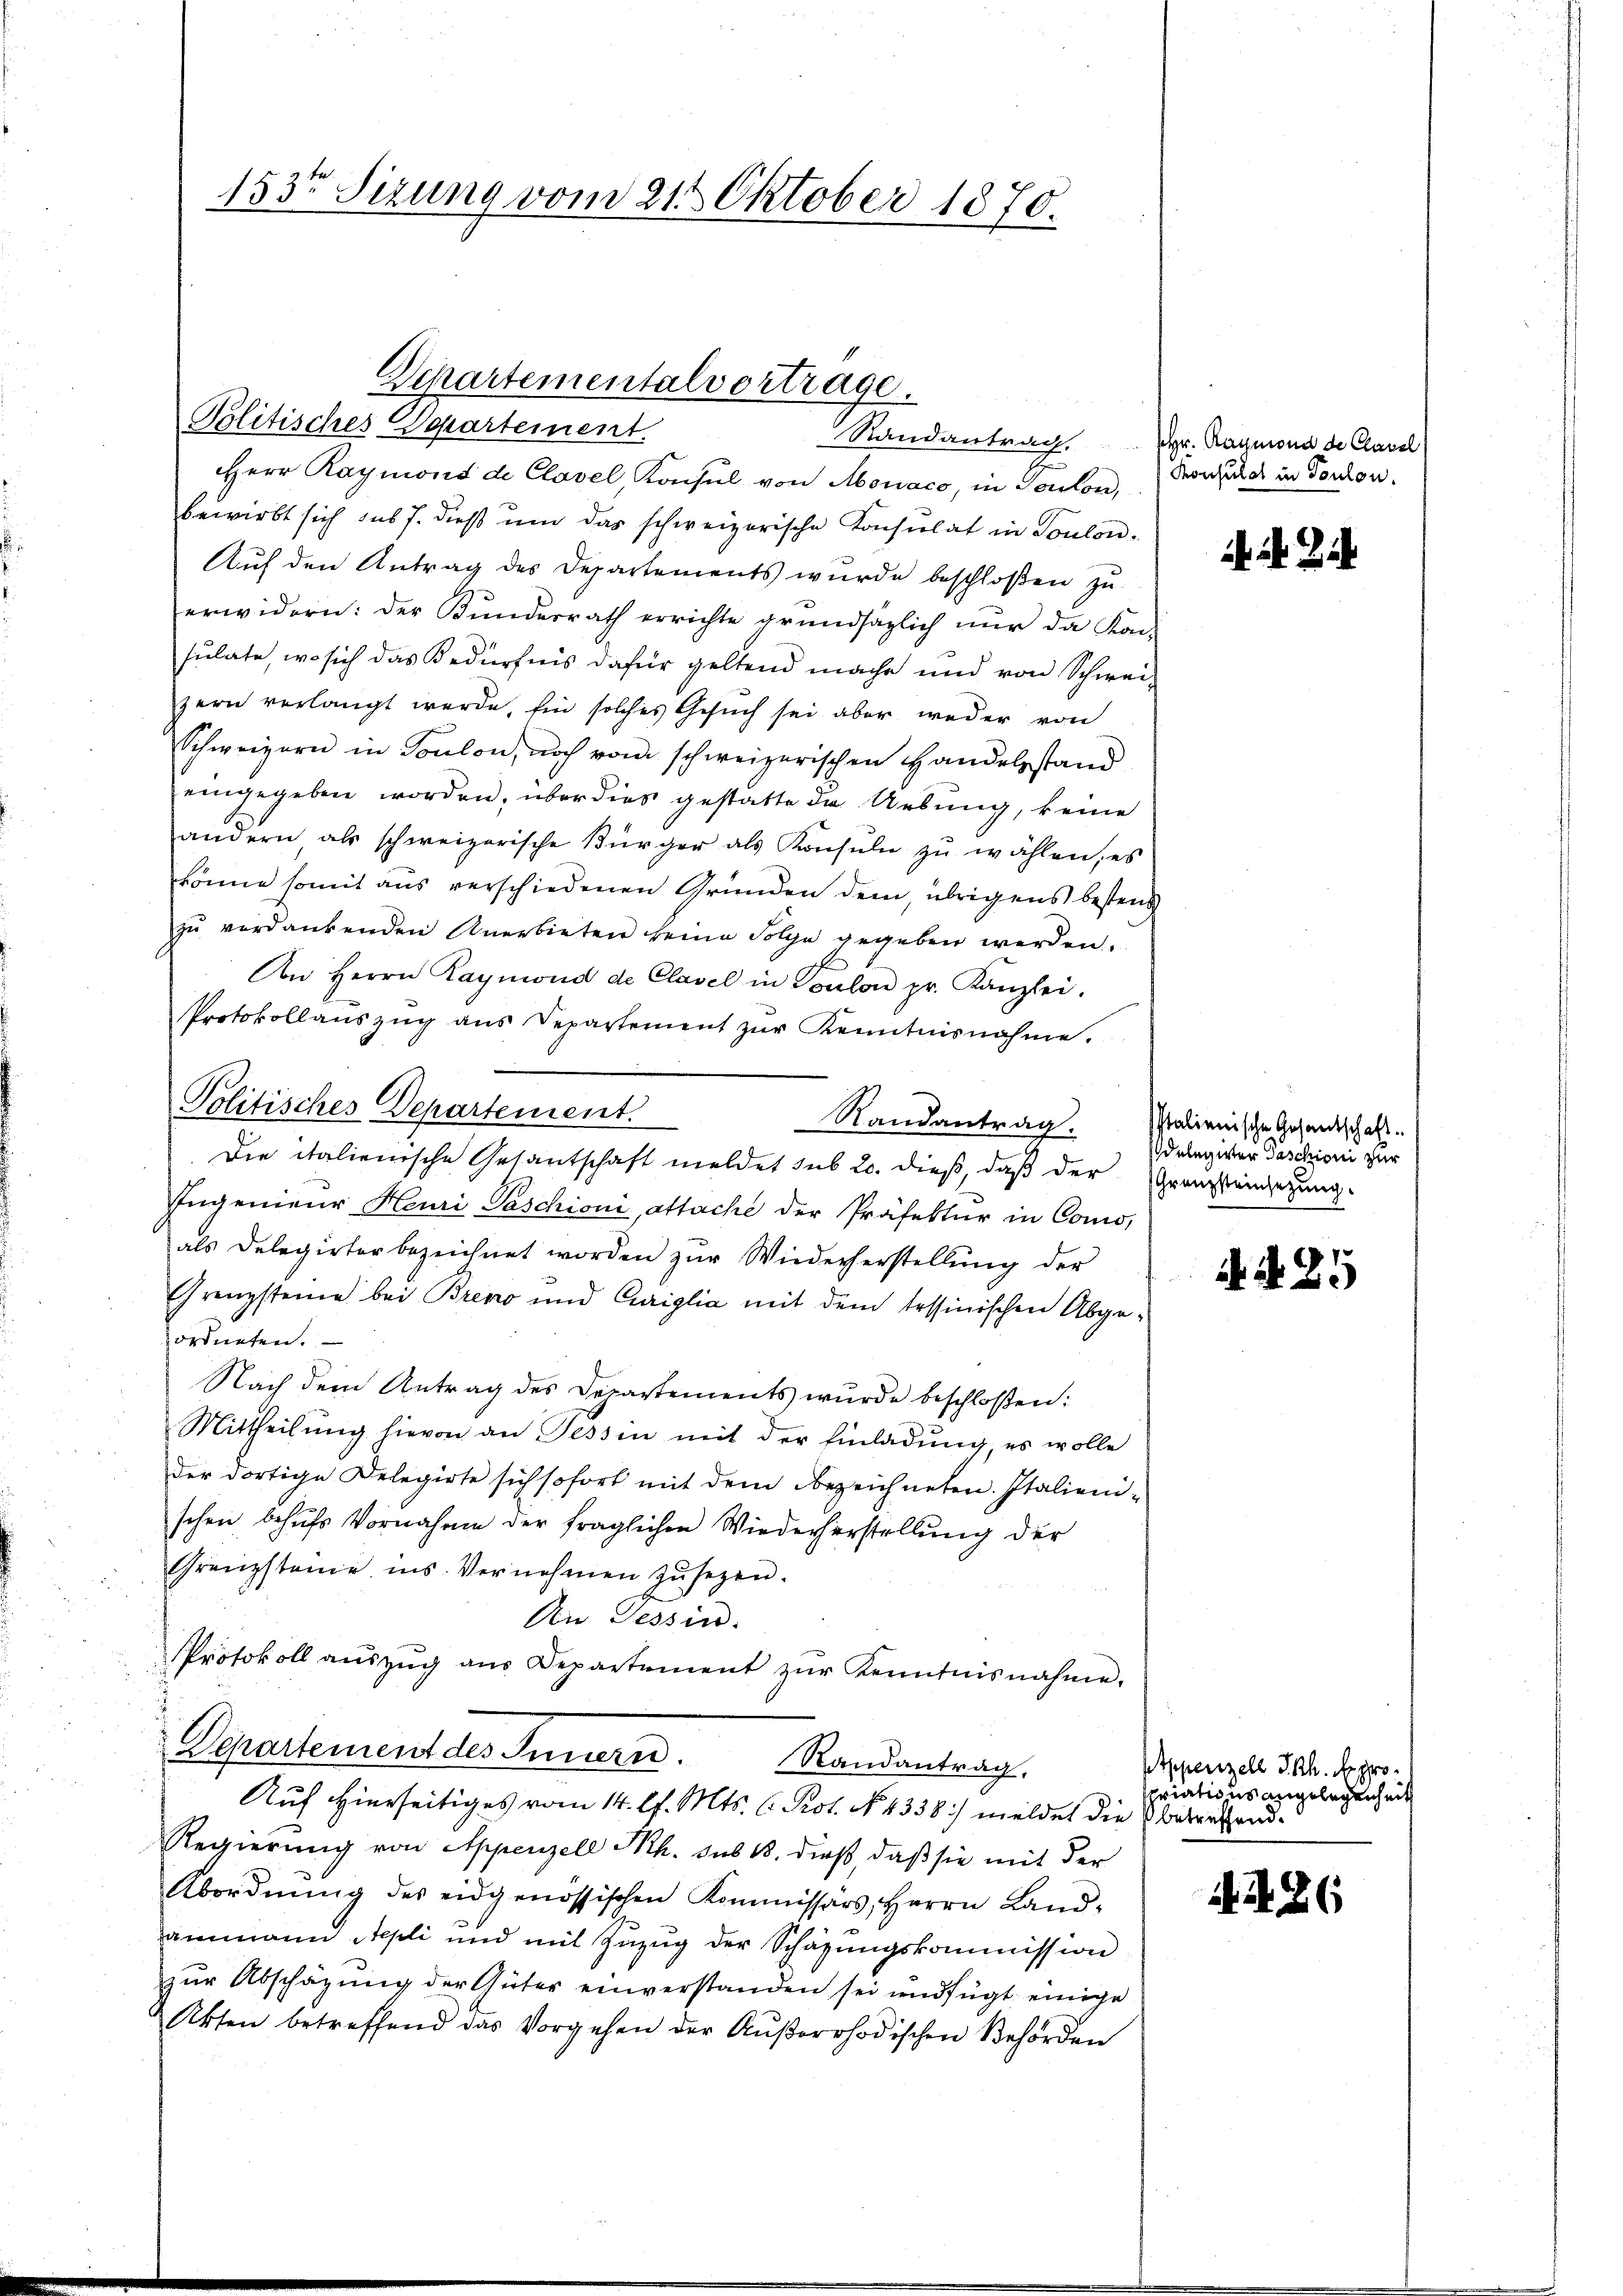
Herr Raymons de Clavel, Konsul von Monaco, in Toulon,
bewirkt sich sub 7. dieβ ŭm das schweizerische Konsulat in Soulon-
Auf den Antrag des Departements wurde beschloßen zu
erwidern: der Bŭndesrath errichte grundsaglich nŭr da Kon-
sulate, wo sich das Bedürfnis dafür geltend mache und von Schweizern verlangt werde, Ein solches Gesuch sei aber weder von
Schweizern in Toulon, noch vom schweizerischen Handelsstand
eingegeben worden, über dies gestatte die Uebung, keine
andern als schweizerische Bürger als Konsuln zu wählen, es
könne somit aus verschiedenen Gründen dem übrigens bestend
zu verdankenden Anerbieten keine Folge gegeben werden.
An Herrn Raymond de Clavel in Toulon pr. Kanzlei.
Protokollanszŭg ans Departement zŭr Kenntnisnahme.
Randantrag. Italienische Gesandtschaft¬
Die italienische Gesantschaft meldet sub 20. dieß, daß der Grenzsteinsetzung
Ingenieur Heuri Taschioni, attache der Präfektur in Como,
als Delegirter bezeichnet worden zŭr Wiederherstellŭng der
Grenzsteine bei Breno und Curiglia mit dem tessinischen Abgeordneten.
Nach dem Antrag des Departements wurde beschloßen:
Mittheilung hievon an Tessin mit der Einladung, es wolle
der dortige Delegirte sich sofort mit dem Bezeichneten. Italienischen behufs Vornahme der fraglichen Wiederherstellung der
Grenzstanie ins Vernehmen zŭ sezen.
An Tessin.
Protokoll aŭszŭg aŭs Departement zŭr Kenntnisnahme.
Departement des Innern. Randantrag.
Auf hierseitiges vom 14. l. Mts. C. Prot. No. 4338) meldet die Vaterhand¬
Regierung von Appenzell Sch. sub 18. dieß, daß sie mit der
Abordnŭng des eidgenössischen Kommissärs, Herrn Land-
ammann Nepli und mit Zuzug der Schazungskommission
zŭr Abschäzŭng der Güter einverstanden sei und fügt einige
Akten betreffend das Vorgehen der Aŭβerrhodischen Behörden

153 Sizung vom 21. Oktober 1870.

Departementalvortrage.
Politisches Departement.
Randantrag. Hr. Raumond de Clavel

Politisches Departement.

Konsulat in Toulon.

24.

delegirter Taschioni zur

N. N. 25

Appenzell Ikh. propriations angelegenheit

4326